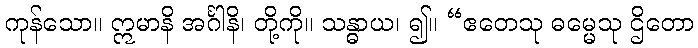
ကုန်သော။ ဣမာနိ အင်္ဂါနိ၊ တို့ကို။ သန္ဓာယ၊ ၍။ “ဧတေသု ဓမ္မေသု ဌိတော